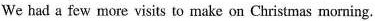
We had a few more visits to make on Christmas morning.